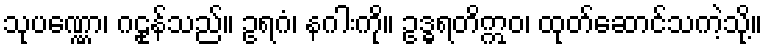
သုပဏ္ဏော၊ ဂဠုန်သည်။ ဥရဂံ၊ နဂါးကို။ ဥဒ္ဓရတိဣဝ၊ ထုတ်ဆောင်သကဲ့သို့။